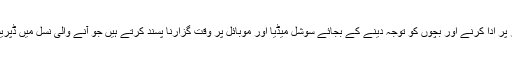
دوسری جانب نئی نسل کے والدین بھی اپنی ذمہ داریاں صحیح طور پر ادا کرنے اور بچوں کو توجہ دینے کے بجائے سوشل میڈیا اور موبائل پر وقت گزارنا پسند کرتے ہیں جو آنے والی نسل میں ڈپریشن اور اینزائٹی سے بھی سنگین نفسیاتی عوارض کا ریڈ سگنل ہے۔